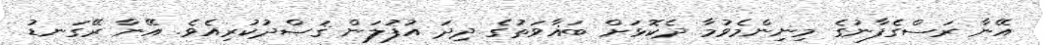
އޭނާ ރަސްގެފާނުގެ މިނިންމެވުމާ ދެކޮޅަށް ބަޣާވަތުގެ ދިދަ އުފުލަން ޤަޞްދުކުރިއެވެ. އޭނާ ރޭގަނޑު